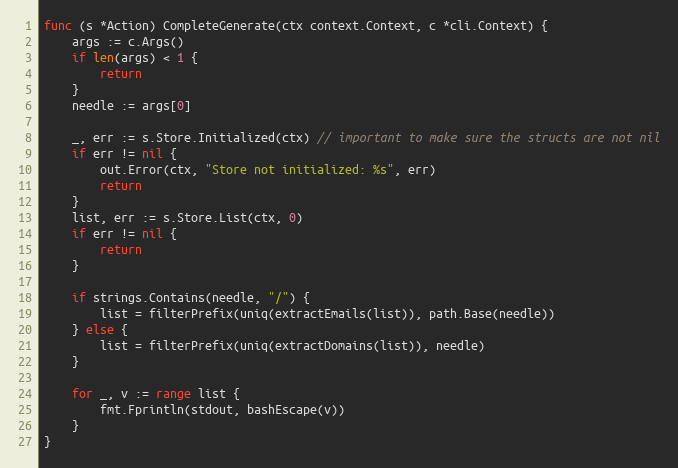
Language: Go
func (s *Action) CompleteGenerate(ctx context.Context, c *cli.Context) {
	args := c.Args()
	if len(args) < 1 {
		return
	}
	needle := args[0]

	_, err := s.Store.Initialized(ctx) // important to make sure the structs are not nil
	if err != nil {
		out.Error(ctx, "Store not initialized: %s", err)
		return
	}
	list, err := s.Store.List(ctx, 0)
	if err != nil {
		return
	}

	if strings.Contains(needle, "/") {
		list = filterPrefix(uniq(extractEmails(list)), path.Base(needle))
	} else {
		list = filterPrefix(uniq(extractDomains(list)), needle)
	}

	for _, v := range list {
		fmt.Fprintln(stdout, bashEscape(v))
	}
}